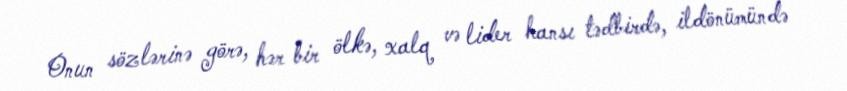
Onun sözlərinə görə, hər bir ölkə, xalq və lider hansı tədbirdə, ildönümündə